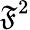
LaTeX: \mathfrak{F}^{2}